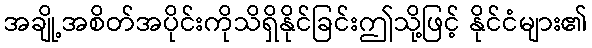
အချို့အစိတ်အပိုင်းကိုသိရှိနိုင်ခြင်းဤသို့ဖြင့် နိုင်ငံများ၏